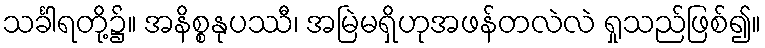
သင်္ခါရတို့၌။ အနိစ္စနုပဿီ၊ အမြဲမရှိဟုအဖန်တလဲလဲ ရှုသည်ဖြစ်၍။